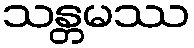
သန္တမဿ